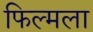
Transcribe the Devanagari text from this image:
फिल्मला